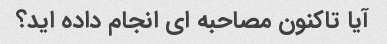
آیا تاکنون مصاحبه ای انجام داده اید؟